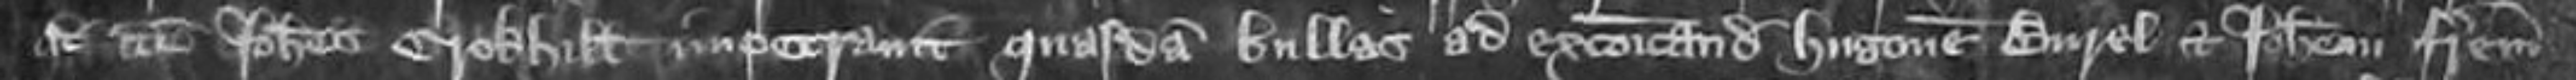
quod idem Johannes Crokhill impetravit quasdam bullas ad excommunicandum Hugonem Burel et Johannem fratrem